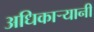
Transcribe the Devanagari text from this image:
अधिकार्‍यानी